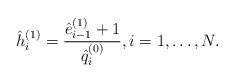
LaTeX: \begin{align*} \hat{h}_{i}^{( 1 )} = \frac{\hat{e}_{i - 1}^{( 1 )} + 1}{\hat{q}_{i}^{( 0 )}}, i = 1, \dots , N. \end{align*}